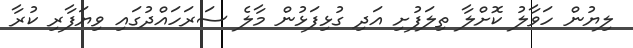
ލިޔުން ހަވާލު ކޮށްލާ ތިލަފުށި އަދި ގުޅިފަޅުން މާލެ ސަރަހައްދުގައި ވިޔަފާރި ކުރާ